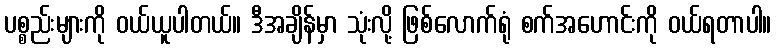
ပစ္စည်းများကို ဝယ်ယူပါတယ်။ ဒီအချိန်မှာ သုံးလို့ ဖြစ်လောက်ရုံ စက်အဟောင်းကို ဝယ်ရတာပါ။